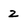
Character: 2